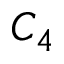
C _ { 4 }